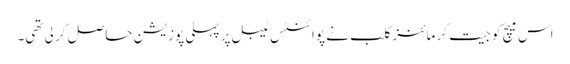
اس میچ کو جیت کر مائنز کلب نے پوائنٹس ٹیبل پر پہلی پوزیشن حاصل کر لی تھی۔